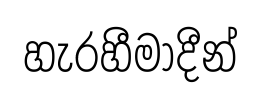
හැරහීමාදීන්